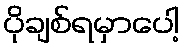
ပိုချစ်ရမှာပေါ့